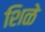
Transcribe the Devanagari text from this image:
शिळे